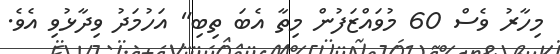
މިހާރު ވެސް 60 މުވައްޒަފުން މިތާ އެބަ ތިބި" އަހުމަދު ވިދާޅުވި އެވެ.